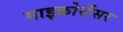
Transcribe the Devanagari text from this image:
माइक्रोसेंसर